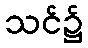
သင်၌